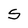
Character: S